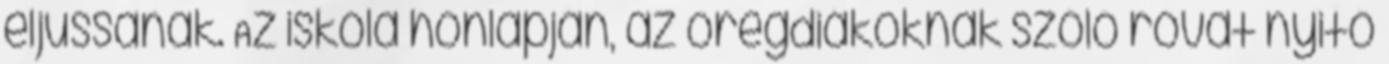
eljussanak. Az iskola honlapján, az öregdiákoknak szóló rovat nyitó